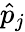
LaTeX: \hat{{p}}_{j}